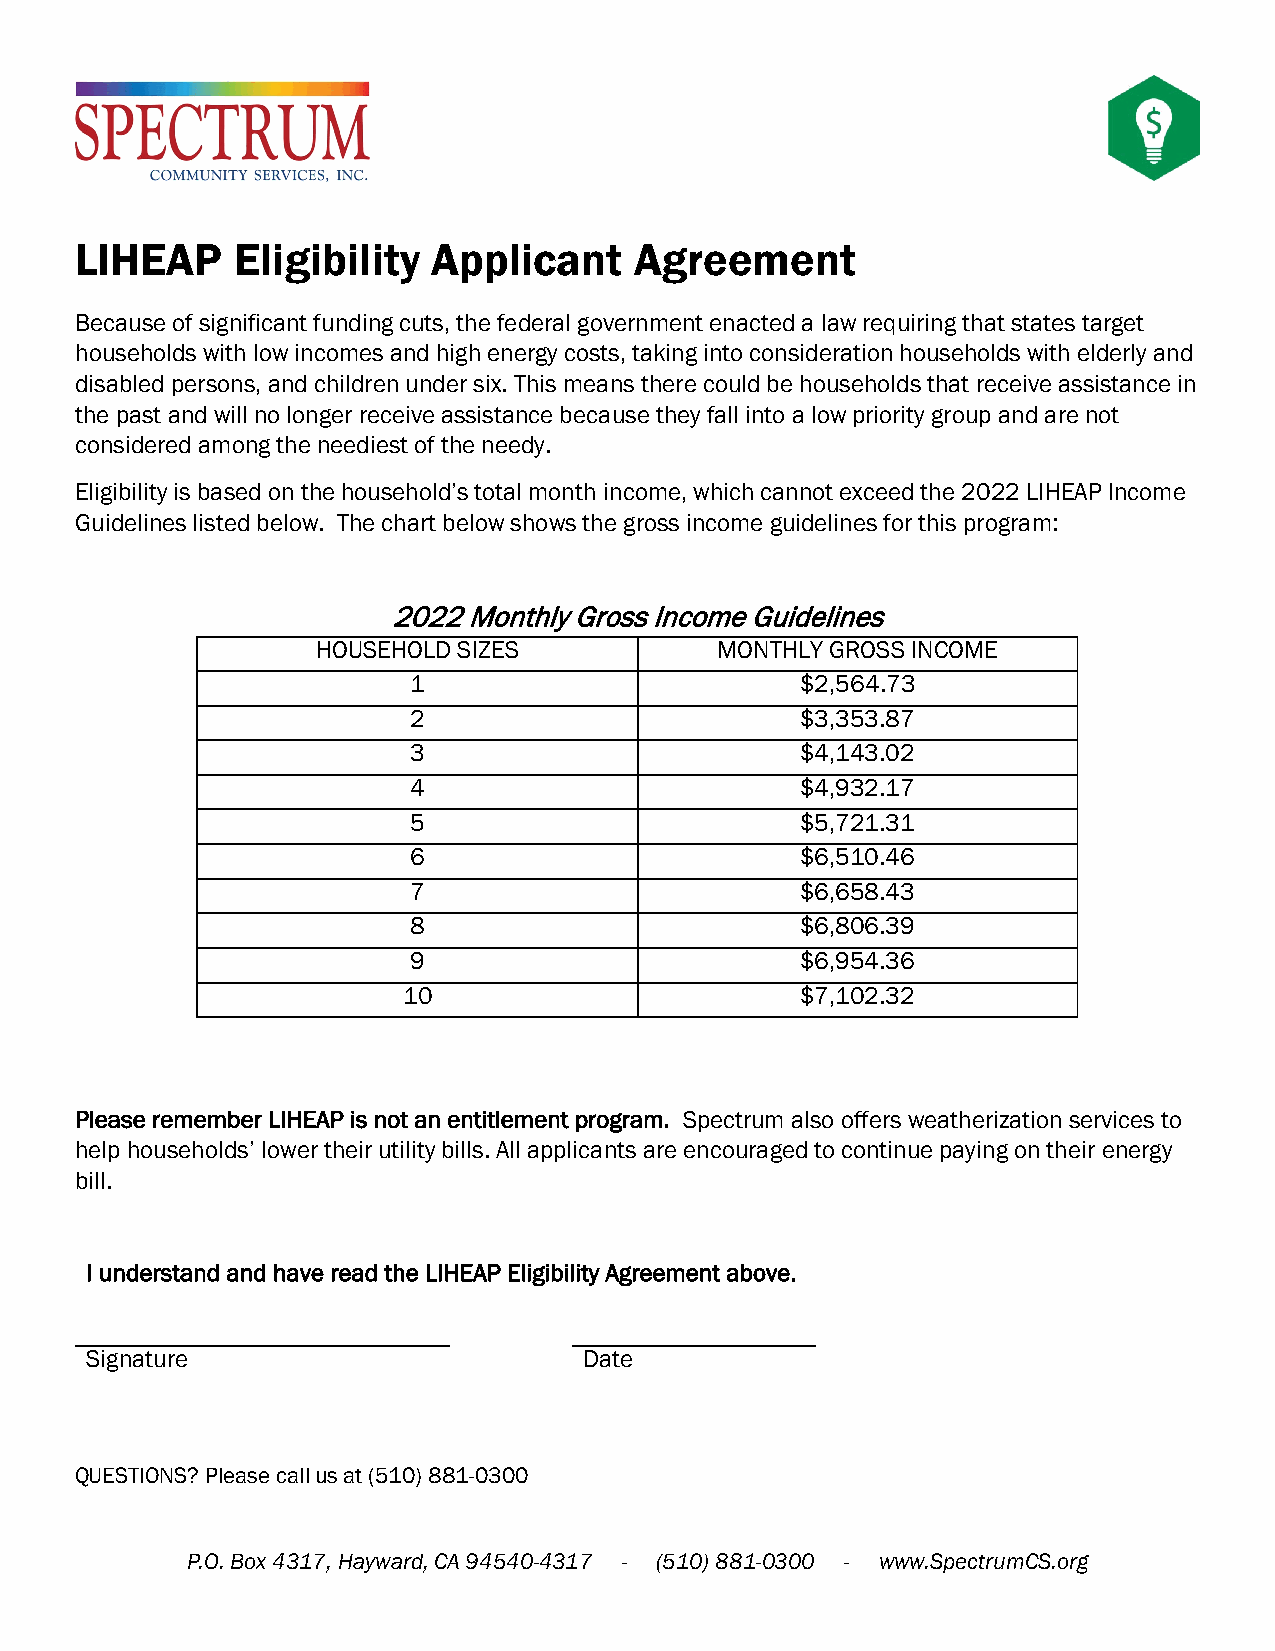
LIHEAP    Eligibility   Applicant    Agreement
 Because of significant funding cuts, the federal government enacted a law requiring that states target
 households with low incomes and high energy costs, taking into consideration households with elderly and
 disabled persons, and children under six. This means there could be households that receive assistance in
 the past and will no longer receive assistance because they fall into a low priority group and are not
 considered among the neediest of the needy.
 Eligibility is based on the household’s total month income, which cannot exceed the 2022 LIHEAP Income
 Guidelines listed below. The chart below shows the gross income guidelines for this program:
 2022 Monthly Gross Income Guidelines
 HOUSEHOLD SIZES           MONTHLY GROSS INCOME
 1                         $2,564.73
 2                         $3,353.87
 3                         $4,143.02
 4                         $4,932.17
 5                         $5,721.31
 6                         $6,510.46
 7                         $6,658.43
 8                         $6,806.39
 9                         $6,954.36
 10                        $7,102.32
 Please remember LIHEAP is not an entitlement program. Spectrum also offers weatherization services to
 help households’ lower their utility bills. All applicants are encouraged to continue paying on their energy
 bill.
 I understand and have read the LIHEAP Eligibility Agreement above.
 Signature                        Date
 QUESTIONS? Please call us at (510) 881-0300
 P.O. Box 4317, Hayward, CA 94540-4317 - (510) 881-0300 - www.SpectrumCS.org